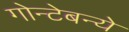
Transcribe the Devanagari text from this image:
गोन्टेबन्ये